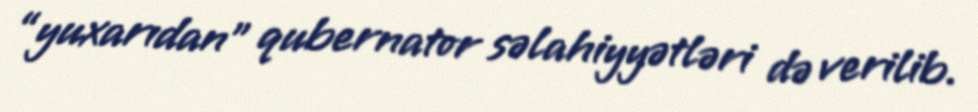
“yuxarıdan” qubernator səlahiyyətləri də verilib.